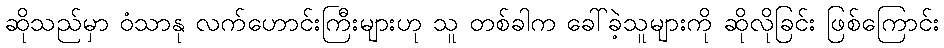
ဆိုသည်မှာ ဝံသာနု လက်ဟောင်းကြီးများဟု သူ တစ်ခါက ခေါ်ခဲ့သူများကို ဆိုလိုခြင်း ဖြစ်ကြောင်း